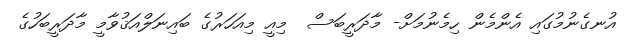
އުނގެނުމުގައި އެންމެން ހިމެނުމަށް- މާދަރީބަސް  މިއީ މިއަހަރުގެ ބައިނަލްއަޤުވާމީ މާދަރީބަހުގެ